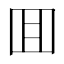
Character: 囬